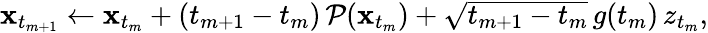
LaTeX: \begin{array}{r}{\mathbf{x}_{t_{m+1}}\leftarrow\mathbf{x}_{t_{m}}+(t_{m+1}-t_{m})\, \mathcal{P}(\mathbf{x}_{t_{m}})+\sqrt{t_{m+1}-t_{m}}\, g(t_{m})\, z_{t_{m}},}\end{array}